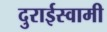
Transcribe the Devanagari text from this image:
दुराईस्वामी